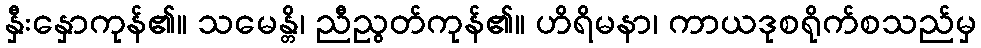
နှီးနှောကုန်၏။ သမေန္တိ၊ ညီညွတ်ကုန်၏။ ဟိရိမနာ၊ ကာယဒုစရိုက်စသည်မှ